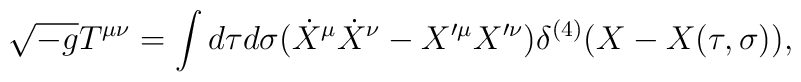
\sqrt{-g}T^{\mu\nu}=\int d\tau d\sigma (\dot{X}^\mu\dot{X}^\nu-X'^\mu X'^\nu)\delta^{(4)}(X-X(\tau,\sigma)),